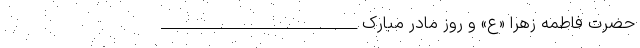
حضرت فاطمه زهرا «ع» و روز مادر مبارک ____________________________